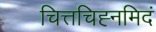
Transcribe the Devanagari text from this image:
चित्तचिह्नमिदं